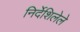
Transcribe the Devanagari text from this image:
निर्देशिलेले